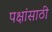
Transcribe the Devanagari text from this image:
पक्षांसाठी